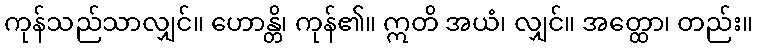
ကုန်သည်သာလျှင်။ ဟောန္တိ၊ ကုန်၏။ ဣတိ အယံ၊ လျှင်။ အတ္ထော၊ တည်း။